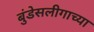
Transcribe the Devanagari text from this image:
बुंडेसलीगाच्या